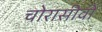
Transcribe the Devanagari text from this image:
चोरासीवीं